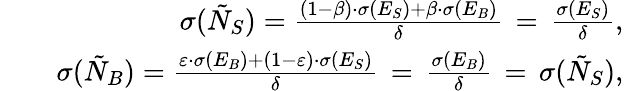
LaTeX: \begin{array}{rlr}&{}&{\sigma(\tilde{N}_{S})=\frac{(1-\beta)\cdot\sigma(E_{S})+\beta\cdot\sigma(E_{B})}{\delta}\, =\, \frac{\sigma(E_{S})}{\delta},}\\ &{}&{\sigma(\tilde{N}_{B})=\frac{\varepsilon\cdot\sigma(E_{B})+(1-\varepsilon)\cdot\sigma(E_{S})}{\delta}\, =\, \frac{\sigma(E_{B})}{\delta}\, =\, \sigma(\tilde{N}_{S}),}\end{array}